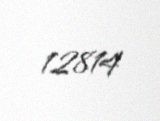
12814